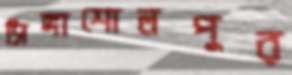
সিঙ্গাশোলপুর